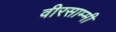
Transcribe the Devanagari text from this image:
वीरसाम्मी